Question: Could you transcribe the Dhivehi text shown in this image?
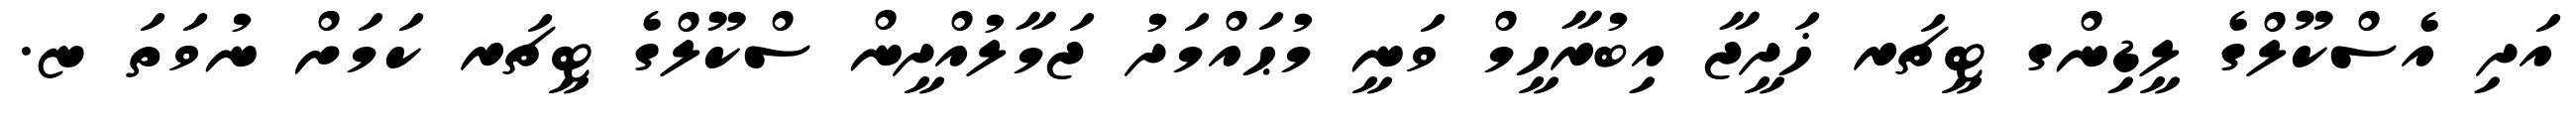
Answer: އަދި އެސްކޫލްގެ ލީޑިންގ ޓީޗަރ ޚަދީޖާ އިބުރާހީމް ވަނީ މުޙައްމަދު ޖަމާލުއްދީން ސްކޫލްގެ ޓީޗަރ ކަމަށް ނުވަތަ ޏ.